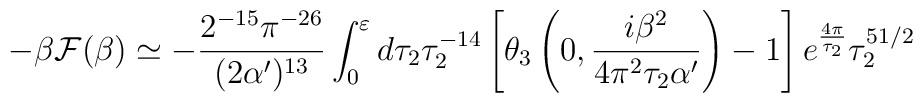
-\beta {\cal F}(\beta)\simeq-\frac{2^{-15}\pi^{-26}}{(2\alpha')^{13}}\int_{0}^{\varepsilon}d\tau_2\tau_2^{-14}\left[\theta_3\left(0,\frac{i\beta^2}{4\pi^2\tau_2\alpha'}\right)-1\right]e^{\frac{4\pi}{\tau_2}}\tau_2^{51/2}